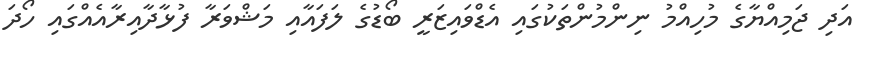
އަދި ޖަމިއްޔާގެ މުހިއްމު ނިންމުންތަކުގައި އެޑްވައިޒަރީ ބޯޑުގެ ލަފައާއި މަޝްވަރާ ފުޅާދާއިރާއެއްގައި ހޯދަ